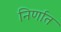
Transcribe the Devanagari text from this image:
निर्णात